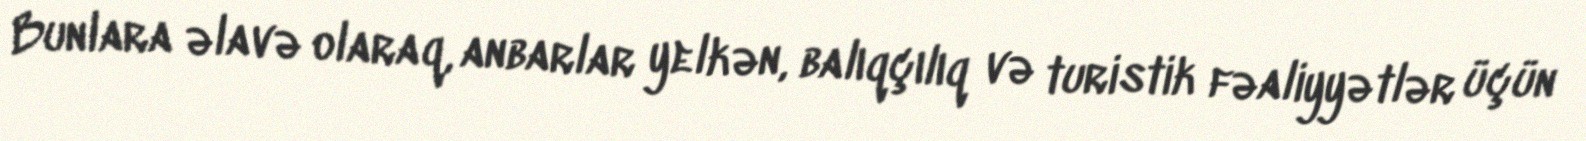
Bunlara əlavə olaraq, anbarlar yelkən, balıqçılıq və turistik fəaliyyətlər üçün